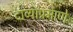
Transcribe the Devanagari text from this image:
दाव्यांप्रमाणे